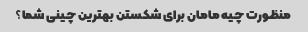
منظورت چیه مامان برای شکستن بهترین چینی شما؟